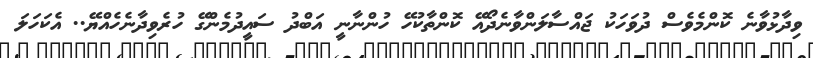
ވިދާޅުވާނެ ކޮންމެވެސް ދުވަހަކު ޖައްސާލަންވާނެދޯއޭ ކޮންތާކުހޭ ހުންނާނީ އަބްދު ސައީދުމެންގޭ ހުރެވިދާނެހެއްޔޭ.. އެކަހަލަ